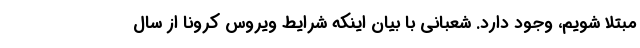
مبتلا شویم، وجود دارد. شعبانی با بیان اینکه شرایط ویروس کرونا از سال